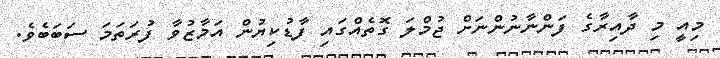
މިއީ މި ދާއިރާގެ ފަންނާނުންނަށް ޖުމްލަ ގޮތެއްގައި ފާޑުކިޔުން އަމާޒުވާ ފުރަތަމަ ސަބަބެވެ.